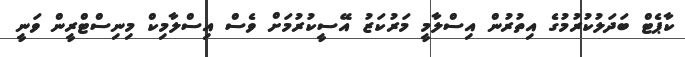
ކާޕެޓް ބަދަލުކުރުމުގެ އިތުރުން އިސްލާމީ މަރުކަޒު އޭސީކުރުމަށް ވެސް އިސްލާމިކް މިނިސްޓްރީން ވަނީ